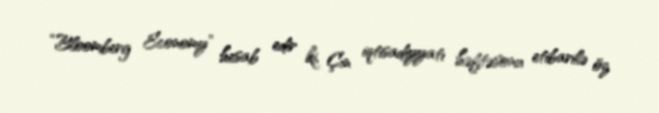
“Bloomberg Economy” hesab edir ki, Çin iqtisadiyyatı həftəsonu etibarilə öz